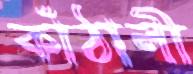
কাঁঠালী